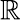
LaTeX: \mathbb{\displaystyle\mathbb{R}^{}}